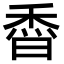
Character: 稥